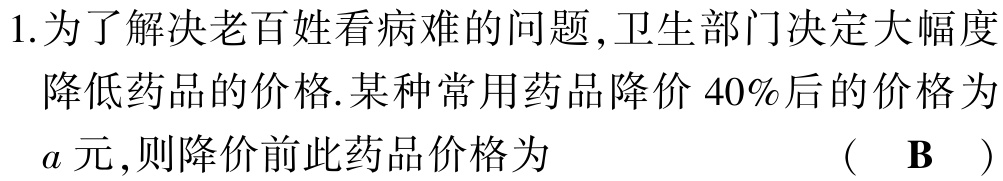
1.为了解决老百姓看病难的问题,卫生部门决定大幅度
降低药品的价格.某种常用药品降价$40\%$后的价格为
$a$元,则降价前此药品价格为  （ $\mathbf{B}$ ）